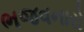
ભજવનારો